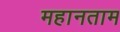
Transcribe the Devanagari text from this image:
महानताम